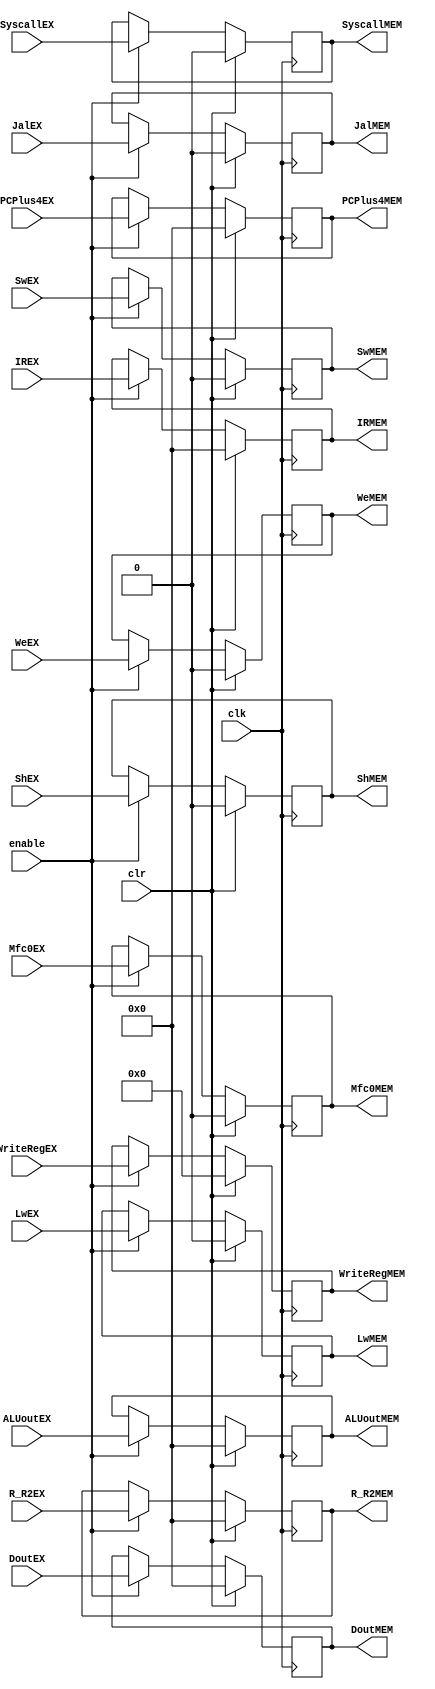
`timescale 1ns / 1ps
//////////////////////////////////////////////////////////////////////////////////
// Company: 
// Engineer: 
// 
// Design Name: 
// Module Name: EX_MEM
// Project Name: 
// Target Devices: 
// Tool Versions: 
// Description: 
// 
// Dependencies: 
// 
// Revision:
// Revision 0.01 - File Created
// Additional Comments:
// 
//////////////////////////////////////////////////////////////////////////////////


module EX_MEM(clk,enable,clr,SyscallEX,WeEX,JalEX,LwEX,SwEX,ShEX,WriteRegEX,ALUoutEX,R_R2EX,IREX,PCPlus4EX,SyscallMEM,WeMEM,JalMEM,LwMEM,SwMEM,ShMEM,WriteRegMEM,ALUoutMEM,R_R2MEM,IRMEM,PCPlus4MEM,DoutEX,Mfc0EX,DoutMEM,Mfc0MEM );
input wire clk,enable,clr,SyscallEX,WeEX,JalEX,LwEX,SwEX,ShEX,Mfc0EX;
input wire [4:0]WriteRegEX;
input wire [31:0] ALUoutEX,R_R2EX,IREX,PCPlus4EX,DoutEX;
output reg  SyscallMEM,WeMEM,JalMEM,LwMEM,SwMEM,ShMEM,Mfc0MEM;
output reg  [4:0]WriteRegMEM;
output reg  [31:0] ALUoutMEM,R_R2MEM,IRMEM,PCPlus4MEM,DoutMEM;

initial
begin
        SyscallMEM<=0;
        WeMEM<=0;
        JalMEM<=0;
        LwMEM<=0;
        SwMEM<=0;
        ShMEM<=0;
        WriteRegMEM<=0;
        ALUoutMEM<=0;
        R_R2MEM<=0;
        IRMEM<=0;
        PCPlus4MEM<=0;
        DoutMEM<=0;
        Mfc0MEM<=0;
end
     
always@(posedge clk)
begin
    if(clr)
    begin
        SyscallMEM<=0;
        WeMEM<=0;
        JalMEM<=0;
        LwMEM<=0;
        SwMEM<=0;
        ShMEM<=0;
        WriteRegMEM<=0;
        ALUoutMEM<=0;
        R_R2MEM<=0;
        IRMEM<=0;
        PCPlus4MEM<=0;
        DoutMEM<=0;
        Mfc0MEM<=0;
     end
     else if(enable) 
     begin
        SyscallMEM<=SyscallEX;
        WeMEM<=WeEX;
        JalMEM<=JalEX;
        LwMEM<=LwEX;
        SwMEM<=SwEX;
        ShMEM<=ShEX;
        WriteRegMEM<=WriteRegEX;
        ALUoutMEM<=ALUoutEX;
        R_R2MEM<=R_R2EX;
        IRMEM<=IREX;
        PCPlus4MEM<=PCPlus4EX;
        DoutMEM<=DoutEX;
        Mfc0MEM<=Mfc0EX;
     end
end




endmodule